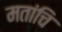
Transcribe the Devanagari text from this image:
मतांचि